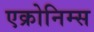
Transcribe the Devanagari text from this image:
एक्रोनिम्स